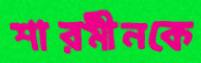
শারমীনকে